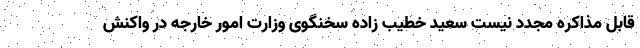
قابل مذاکره مجدد نیست سعید خطیب زاده سخنگوی وزارت امور خارجه در واکنش